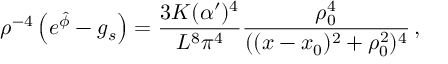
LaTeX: \rho ^ { - 4 } \left( e ^ { \hat { \phi } } - g _ { s } \right) = { \frac { 3 K ( \alpha ^ { \prime } ) ^ { 4 } } { L ^ { 8 } \pi ^ { 4 } } } { \frac { \rho _ { 0 } ^ { 4 } } { ( ( x - x _ { 0 } ) ^ { 2 } + \rho _ { 0 } ^ { 2 } ) ^ { 4 } } } \, ,